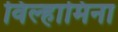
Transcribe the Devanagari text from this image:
विल्हामिना